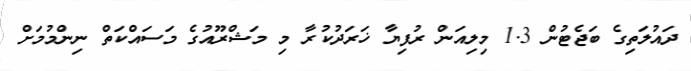
ދައުލަތިގެ ބަޖެޓުން 1.3 މިލިއަން ރުފިޔާ ޚަރަދުކުރާ މި މަޝްރޫއުގެ މަސައްކަތް ނިންމުމަށް